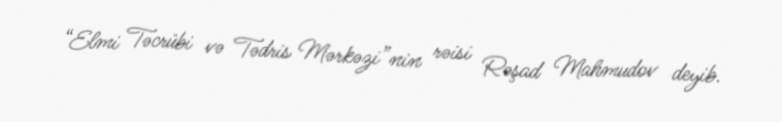
“Elmi Təcrübi və Tədris Mərkəzi”nin rəisi Rəşad Mahmudov deyib.